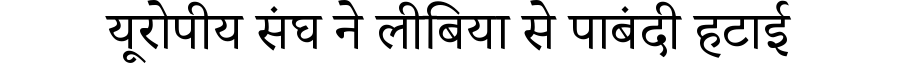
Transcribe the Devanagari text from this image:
यूरोपीय संघ ने लीबिया से पाबंदी हटाई